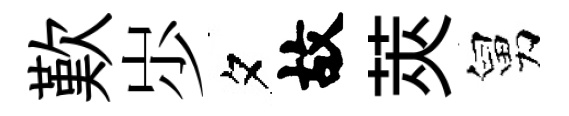
歎𡵯夕故莢舅